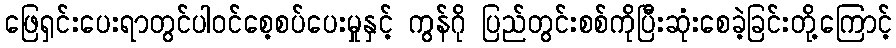
ဖြေရှင်းပေးရာတွင်ပါဝင်စေ့စပ်ပေးမှုနှင့် ကွန်ဂို ပြည်တွင်းစစ်ကိုပြီးဆုံးစေခဲ့ခြင်းတို့ကြောင့်